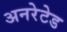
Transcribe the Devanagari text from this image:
अनरेटेड